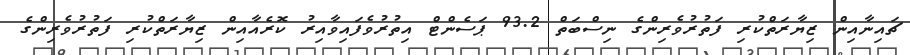
ޗައިނާއިން ޒިޔާރަތްކުރި ފަތުރުވެރިންގެ ނިސްބަތް 93.2 ޕަސެންޓް އިތުރުވެފައިވާއިރު ކޮރެއާއިން ޒިޔާރަތްކުރި ފަތުރުވެރިންގެ